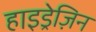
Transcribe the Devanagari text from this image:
हाइड्रेज़िन